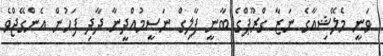
ވަނީ މެލޭޝިއާގެ ނަޒާ ގްރޫޕްގެ ބާނީ ފާލިގް ނަސީމުއްދީނާ ދާދި ފަހުން އެންގޭޖްވެ